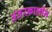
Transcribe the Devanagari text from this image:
अंतरकालीन